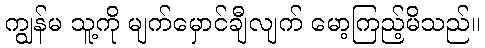
ကျွန်မ သူ့ကို မျက်မှောင်ချီလျက် မော့ကြည့်မိသည်။